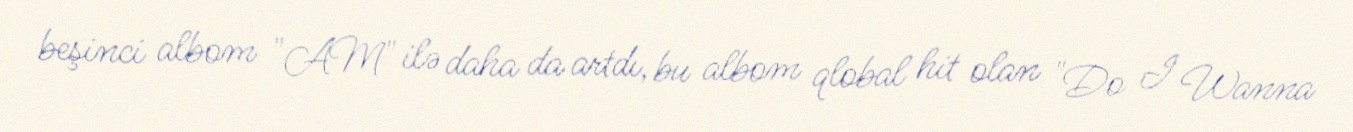
beşinci albom "AM" ilə daha da artdı, bu albom qlobal hit olan "Do I Wanna